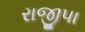
રાજીપા